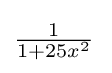
{\textstyle {\frac {1}{1+25x^{2}}}\,}